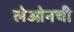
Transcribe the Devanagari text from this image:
लेओनची